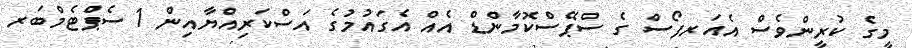
މީގެ ކުރީންވެސް އެއަރފޯސް ގެ ސްޕޭސްކޮމާންޑް އެއް އެގައުމުގެ އަސްކަރިއްޔާއިން 1 ސެޕްޓެމްބަރ